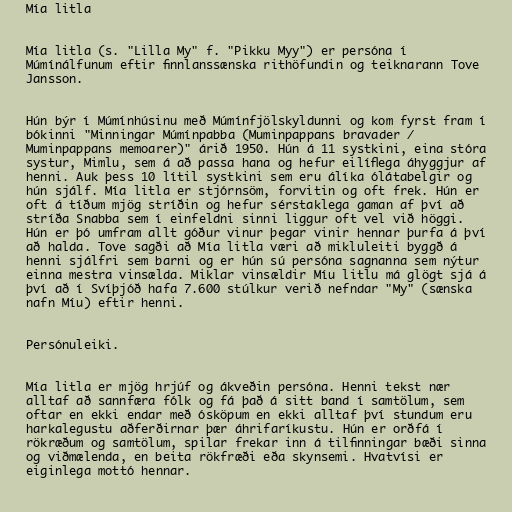
Mía litla

Mía litla (s. "Lilla My" f. "Pikku Myy") er persóna í
Múmínálfunum eftir finnlanssænska rithöfundin og teiknarann Tove
Jansson.

Hún býr í Múmínhúsinu með Múmínfjölskyldunni og kom fyrst fram í
bókinni "Minningar Múmínpabba (Muminpappans bravader /
Muminpappans memoarer)" árið 1950. Hún á 11 systkini, eina stóra
systur, Mimlu, sem á að passa hana og hefur eilíflega áhyggjur af
henni. Auk þess 10 lítil systkini sem eru álíka ólátabelgir og
hún sjálf. Mía litla er stjórnsöm, forvitin og oft frek. Hún er
oft á tíðum mjög stríðin og hefur sérstaklega gaman af því að
stríða Snabba sem í einfeldni sinni liggur oft vel við höggi.
Hún er þó umfram allt góður vinur þegar vinir hennar þurfa á því
að halda. Tove sagði að Mía litla væri að mikluleiti byggð á
henni sjálfri sem barni og er hún sú persóna sagnanna sem nýtur
einna mestra vinsælda. Miklar vinsældir Míu litlu má glögt sjá á
því að í Svíþjóð hafa 7.600 stúlkur verið nefndar "My" (sænska
nafn Míu) eftir henni.

Persónuleiki.

Mía litla er mjög hrjúf og ákveðin persóna. Henni tekst nær
alltaf að sannfæra fólk og fá það á sitt band í samtölum, sem
oftar en ekki endar með ósköpum en ekki alltaf því stundum eru
harkalegustu aðferðirnar þær áhrifaríkustu. Hún er orðfá í
rökræðum og samtölum, spilar frekar inn á tilfinningar bæði sinna
og viðmælenda, en beita rökfræði eða skynsemi. Hvatvísi er
eiginlega mottó hennar.